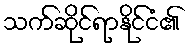
သက်ဆိုင်ရာနိုင်ငံ၏